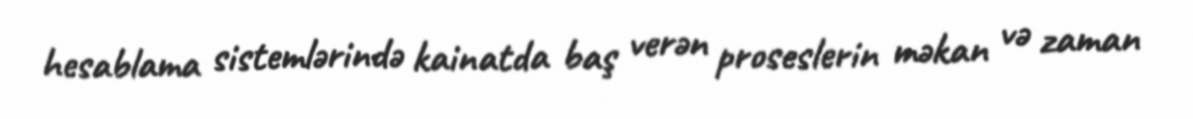
hesablama sistemlərində kainatda baş verən proseslerin məkan və zaman